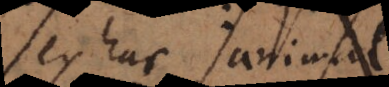
ex hac animal